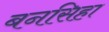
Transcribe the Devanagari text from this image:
बनसिहा